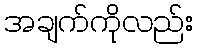
အချက်ကိုလည်း